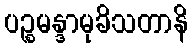
ပဉ္စမန္ဒာမုခိသတာနိ